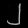
Digit: ၂